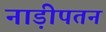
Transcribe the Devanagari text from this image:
नाड़ीपतन